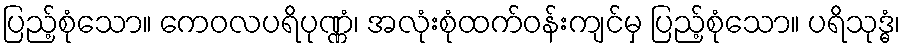
ပြည့်စုံသော။ ကေဝလပရိပုဏ္ဏံ၊ အလုံးစုံထက်ဝန်းကျင်မှ ပြည့်စုံသော။ ပရိသုဒ္ဓံ၊